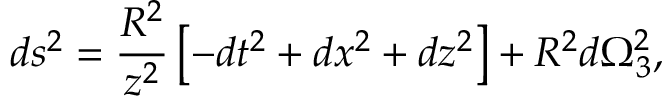
d s ^ { 2 } = \frac { R ^ { 2 } } { z ^ { 2 } } \left[ - d t ^ { 2 } + d x ^ { 2 } + d z ^ { 2 } \right] + R ^ { 2 } d \Omega _ { 3 } ^ { 2 } ,